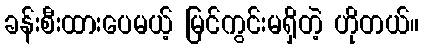
ခန်းစီးထားပေမယ့် မြင်ကွင်းမရှိတဲ့ ဟိုတယ်။